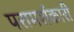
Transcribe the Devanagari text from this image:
परामर्शकारी